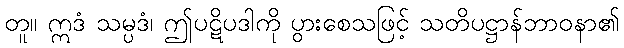
တူ။ ဣဒံ သမ္ပဒံ၊ ဤပဋိပဒါကို ပွားစေသဖြင့် သတိပဋ္ဌာန်ဘာဝနာ၏